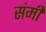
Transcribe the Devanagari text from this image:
संमी